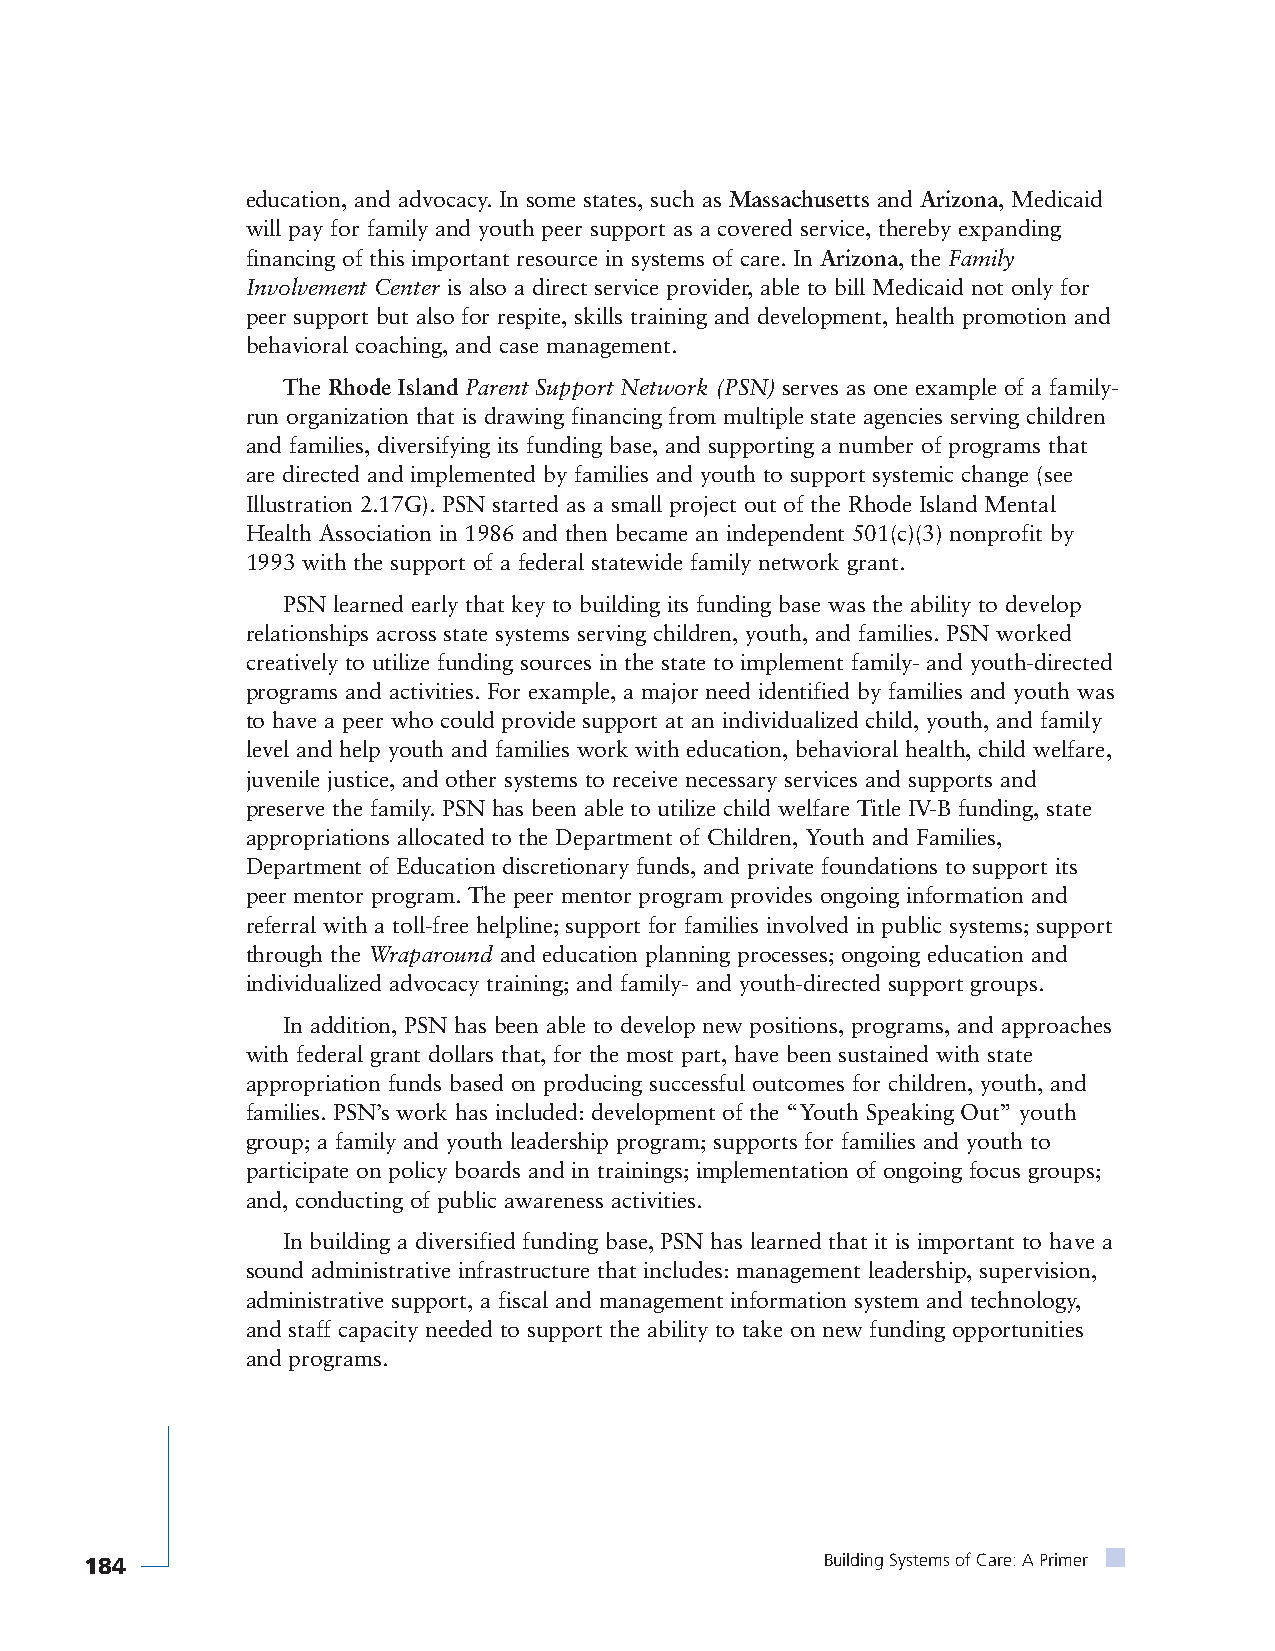
education, and advocacy. In some states, such as Massachusetts and Arizona, Medicaid
 will pay for family and youth peer support as a covered service, thereby expanding
 financing of this important resource in systems of care. In Arizona, the Family
 Involvement Center is also a direct service provider, able to bill Medicaid not only for
 peer support but also for respite, skills training and development, health promotion and
 behavioral coaching, and case management.
 The Rhode Island Parent Support Network (PSN) serves as one example of a family-
 run organization that is drawing financing from multiple state agencies serving children
 and families, diversifying its funding base, and supporting a number of programs that
 are directed and implemented by families and youth to support systemic change (see
 Illustration 2.17G). PSN started as a small project out of the Rhode Island Mental
 Health Association in 1986 and then became an independent 501(c)(3) nonprofit by
 1993 with the support of a federal statewide family network grant.
 PSN learned early that key to building its funding base was the ability to develop
 relationships across state systems serving children, youth, and families. PSN worked
 creatively to utilize funding sources in the state to implement family- and youth-directed
 programs and activities. For example, a major need identified by families and youth was
 to have a peer who could provide support at an individualized child, youth, and family
 level and help youth and families work with education, behavioral health, child welfare,
 juvenile justice, and other systems to receive necessary services and supports and
 preserve the family. PSN has been able to utilize child welfare Title IV-B funding, state
 appropriations allocated to the Department of Children, Youth and Families,
 Department of Education discretionary funds, and private foundations to support its
 peer mentor program. The peer mentor program provides ongoing information and
 referral with a toll-free helpline; support for families involved in public systems; support
 through the Wraparound and education planning processes; ongoing education and
 individualized advocacy training; and family- and youth-directed support groups.
 In addition, PSN has been able to develop new positions, programs, and approaches
 with federal grant dollars that, for the most part, have been sustained with state
 appropriation funds based on producing successful outcomes for children, youth, and
 families. PSN’s work has included: development of the “Youth Speaking Out” youth
 group; a family and youth leadership program; supports for families and youth to
 participate on policy boards and in trainings; implementation of ongoing focus groups;
 and, conducting of public awareness activities.
 In building a diversified funding base, PSN has learned that it is important to have a
 sound administrative infrastructure that includes: management leadership, supervision,
 administrative support, a fiscal and management information system and technology,
 and staff capacity needed to support the ability to take on new funding opportunities
 and programs.
 184                                              Building Systems of Care: A Primer